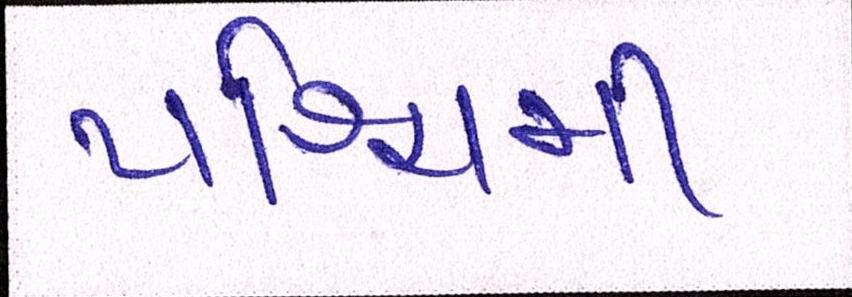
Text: પશ્ચિમી